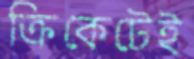
ক্রিকেটেই